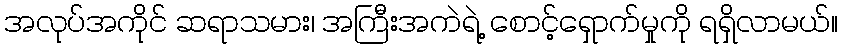
အလုပ်အကိုင် ဆရာသမား၊ အကြီးအကဲရဲ့ စောင့်ရှောက်မှုကို ရရှိလာမယ်။